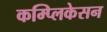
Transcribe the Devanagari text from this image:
कम्प्लिकेसन